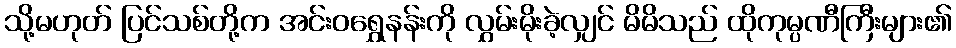
သို့မဟုတ် ပြင်သစ်တို့က အင်းဝရွှေနန်းကို လွှမ်းမိုးခဲ့လျှင် မိမိသည် ထိုကုမ္ပဏီကြီးများ၏